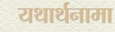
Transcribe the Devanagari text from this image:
यथार्थनामा